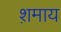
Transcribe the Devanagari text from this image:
श़माय